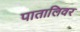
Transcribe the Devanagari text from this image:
पातालिवर